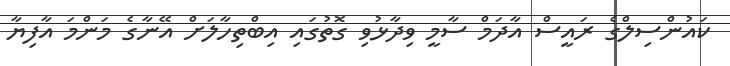
ކައުންސިލްގެ ރައީސް އާދަމް ސާމީ ވިދާޅުވި ގޮތުގައި އިބްތިހާލަށް އޭނާގެ މަންމަ އާފިޔާ